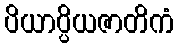
ပိယာပ္ပိယဇာတိကံ